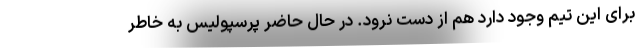
برای این تیم وجود دارد هم از دست نرود. در حال حاضر پرسپولیس به خاطر